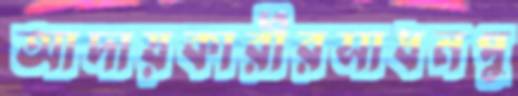
আদায়কারীরসাধনপু